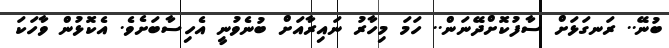
ބުނޭ.. ރަނގަޅަށް ސާފުކޮށްދޭނަން.. ހަމަ މިހާރު ނައިރާއަށް ބުނެވުނީ އެހިސާބަށެވެ. އެކޮޅުން ވާހަކަ